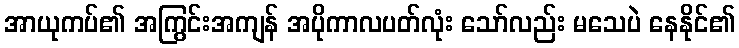
အာယုကပ်၏ အကြွင်းအကျန် အပိုကာလပတ်လုံး သော်လည်း မသေပဲ နေနိုင်၏